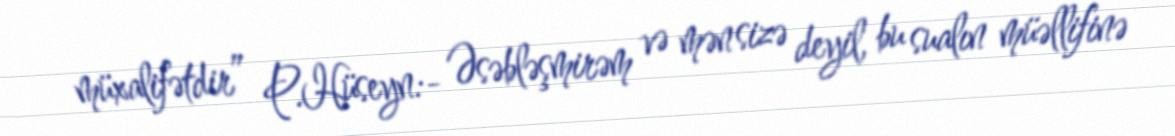
müxalifətdir” P.Hüseyn:- Əsəbləşmirəm və mən sizə deyil, bu sualın müəllifinə